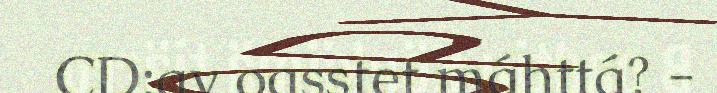
CD:av oasstet máhttá? -